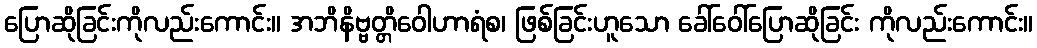
ပြောဆိုခြင်းကိုလည်းကောင်း။ အဘိနိဗ္ဗတ္တိဝေါဟာရံစ၊ ဖြစ်ခြင်းဟူသော ခေါ်ဝေါ်ပြောဆိုခြင်း ကိုလည်းကောင်း။